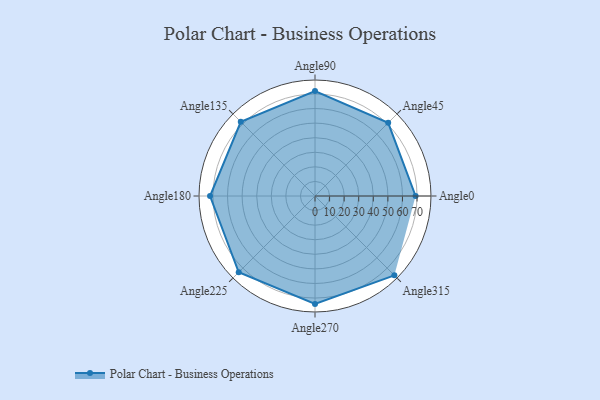
{"axis": {"x": "Angle", "y": "Radius"}, "legend": [""], "data": [{"x": "Angle0", "y": 69.0, "type": ""}, {"x": "Angle45", "y": 71.0, "type": ""}, {"x": "Angle90", "y": 72.0, "type": ""}, {"x": "Angle135", "y": 72.0, "type": ""}, {"x": "Angle180", "y": 72.0, "type": ""}, {"x": "Angle225", "y": 74.0, "type": ""}, {"x": "Angle270", "y": 74.0, "type": ""}, {"x": "Angle315", "y": 77.0, "type": ""}]}